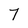
Character: 7